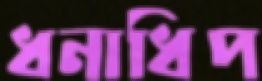
ধনাধিপ